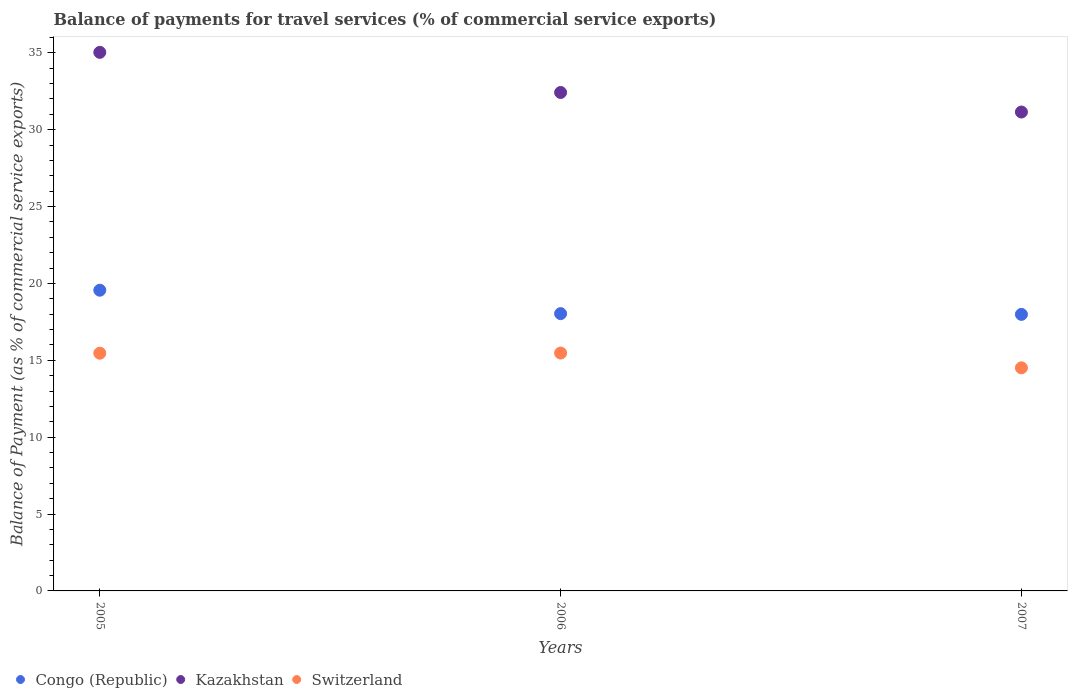
| Years | Congo (Republic) | Kazakhstan | Switzerland |
 | --- | --- | --- | --- |
 | 2005 | 19.6 | 35 | 15.5 |
 | 2006 | 18 | 32.4 | 15.5 |
 | 2007 | 18 | 31.2 | 14.5 |